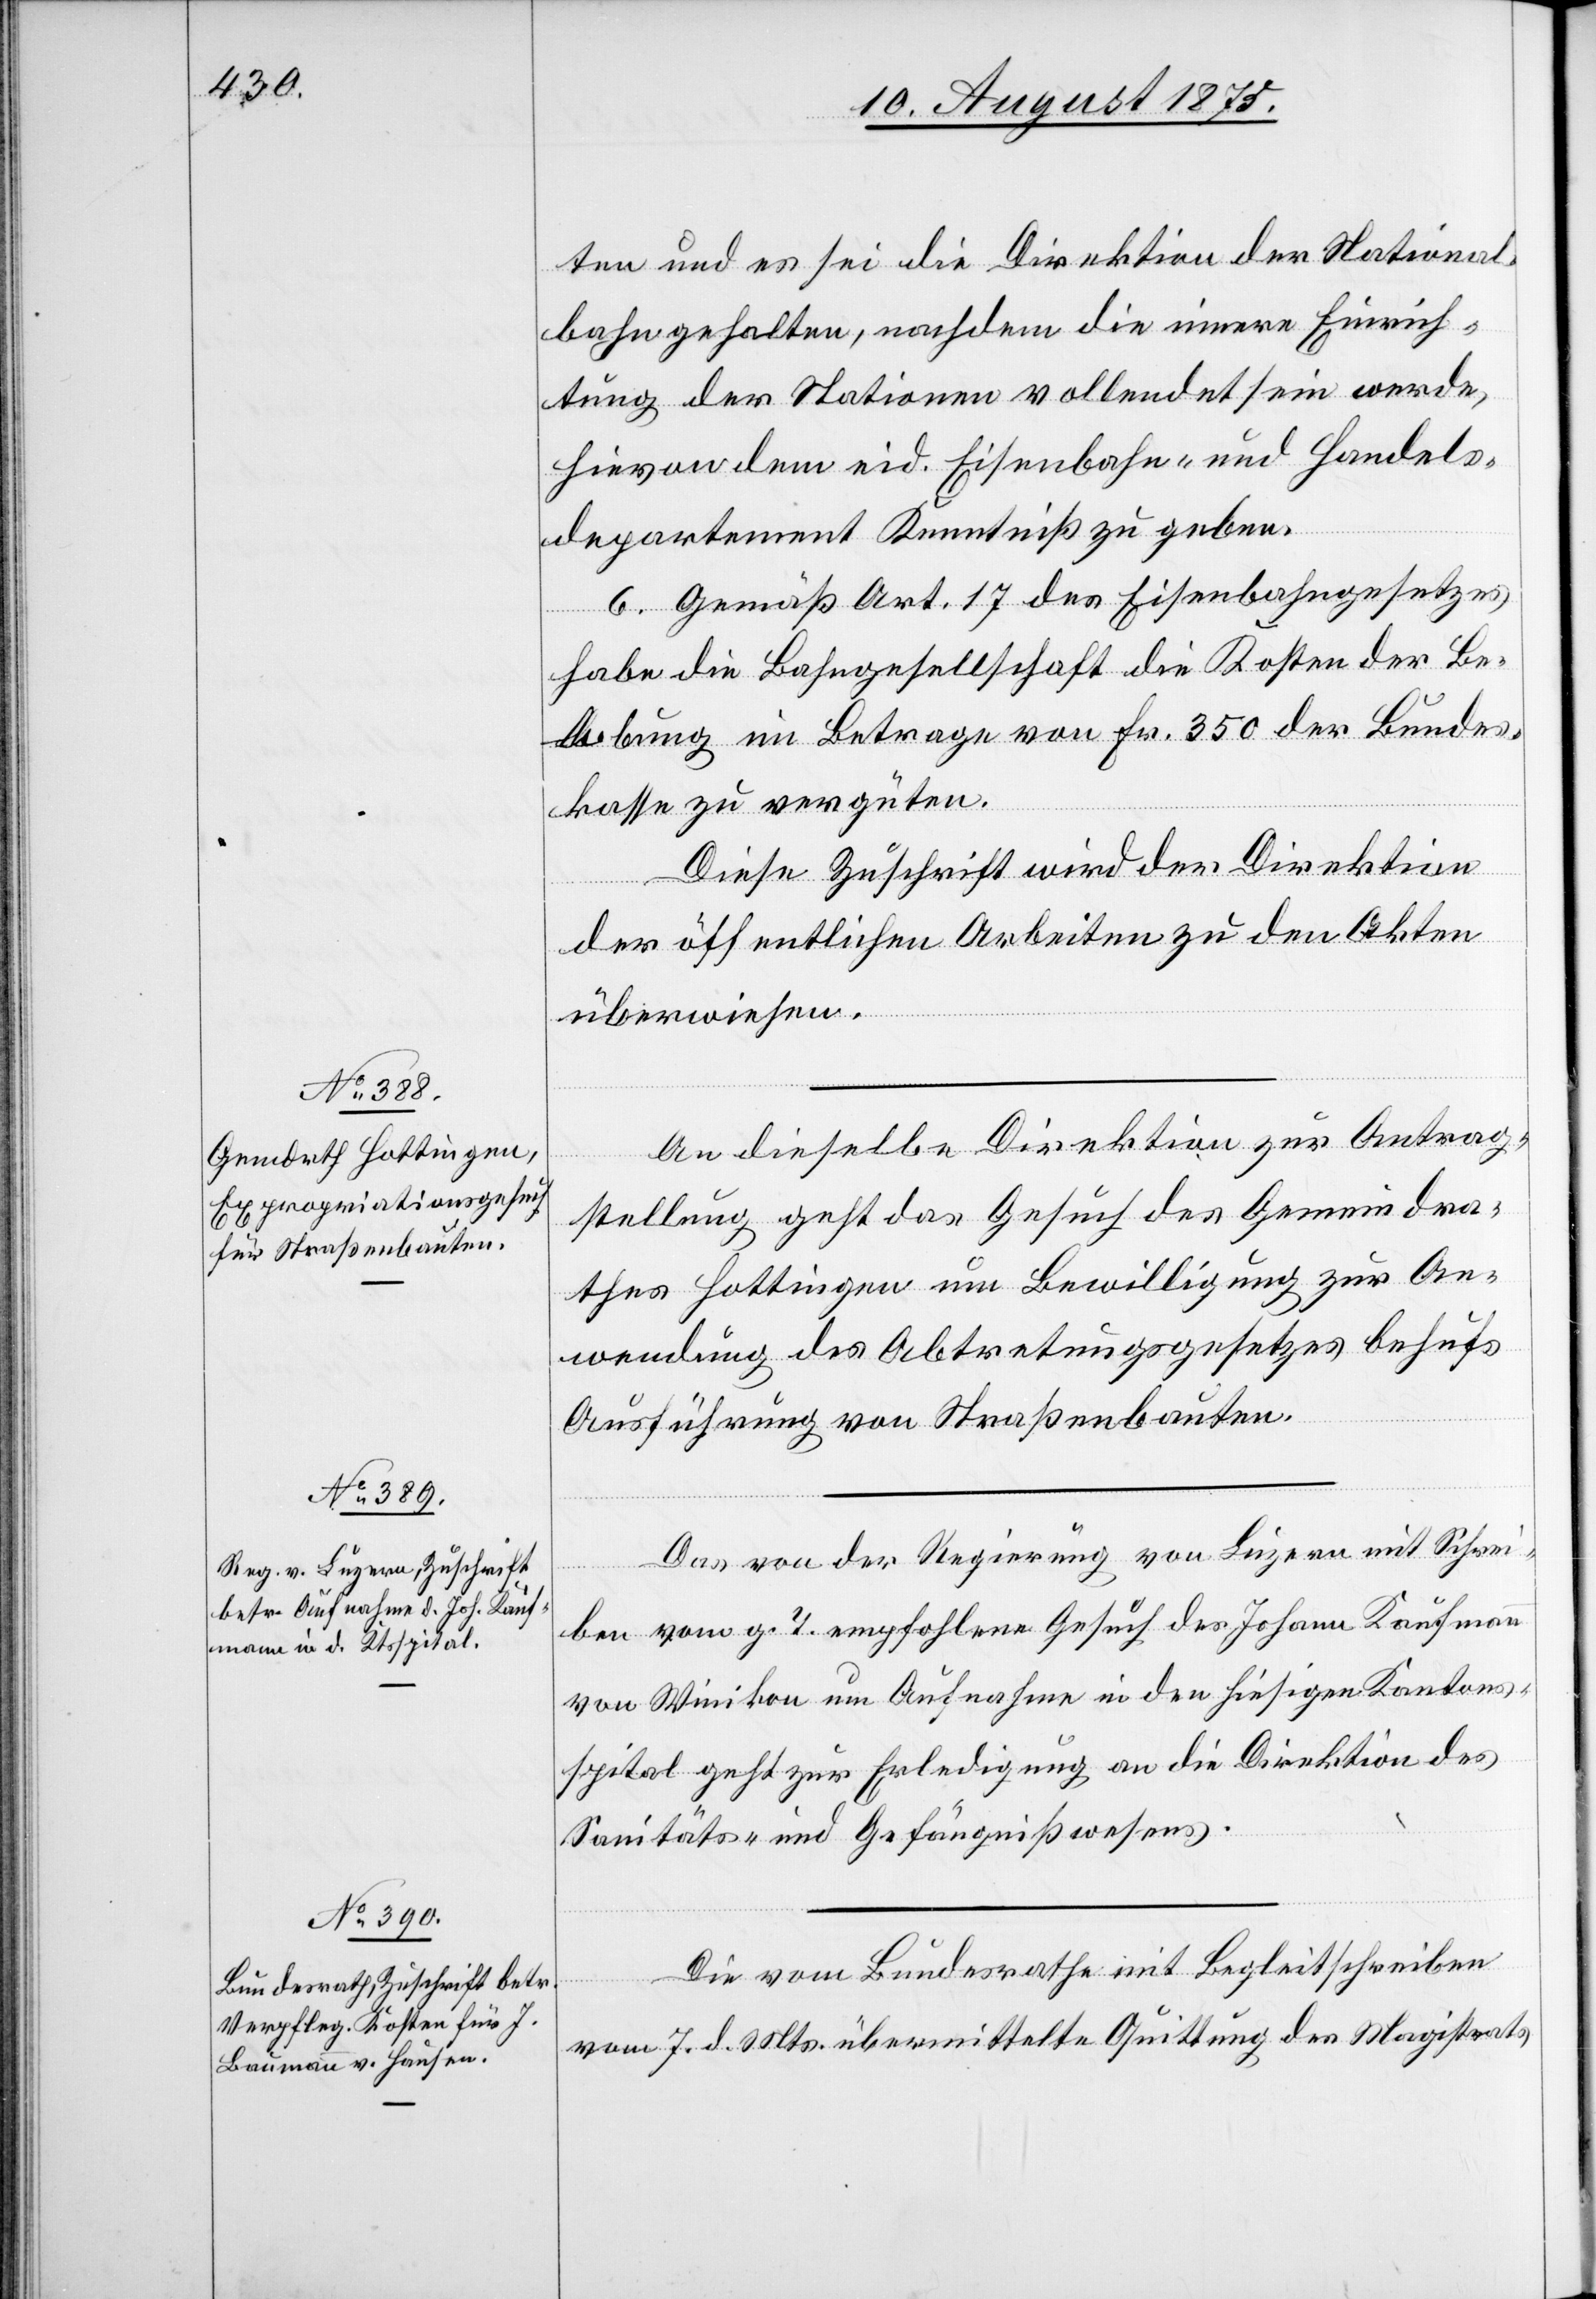
10. August 1875.]
ten und es sei die Direktion der National¬
bahn gehalten, nachdem die innere Einrich¬
tung der Stationen vollendet sein werde,
hievon dem eid. Eisenbahn- und Handels¬
departement Kenntniß zu geben.
6. Gemäß Art. 17 des Eisenbahngesetzes
habe die Bahngesellschaft die Kosten der Be¬
hebung im Betrage von Fr. 350 der Bundes¬
kasse zu vergüten.
Diese Zuschrift wird der Direktion
der öffentlichen Arbeiten zu den Akten
überwiesen.
An dieselbe Direktion zur Antrag¬
stellung geht das Gesuch des Gemeindra¬
thes Hottingen um Bewilligung zur An¬
wendung des Abtretungsgesetzes behufs
Ausführungen von Straßenbauten.
Das von der Regierung von Luzern mit Schrei¬
ben vom g. T. empfohlene Gesuch des Johann Kaufmann
von Winikon um Aufnahme in den hiesigen Kantons¬
spital geht zur Erledigung an die Direktion des
Sanitäts- und Gefängnißwesens.
Die vom Bundesrathe mit Begleitschreiben
vom 7. d. Mts. übermittelte Quittung des Magistrats